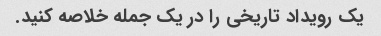
یک رویداد تاریخی را در یک جمله خلاصه کنید.